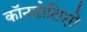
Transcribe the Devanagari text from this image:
कॉनडोटिएरो